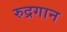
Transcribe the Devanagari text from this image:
रुद्रगान